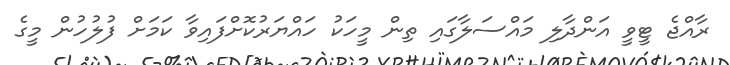
ރާއްޖެ ޓީވީ އަންދާލި މައްސަލާގައި ތިން މީހަކު ހައްޔަރުކޮށްފައިވާ ކަމަށް ފުލުހުން މީގެ